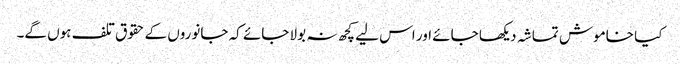
کیا خاموش تماشہ دیکھا جائے اور اس لیے کچھ نہ بولا جائے کہ جانوروں کے حقوق تلف ہوں گے۔